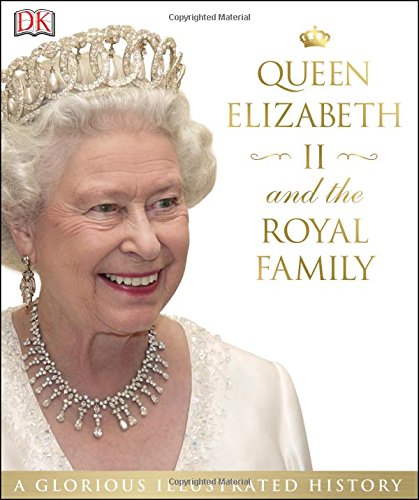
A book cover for Queen Elizabeth II and the Royal Family: A Glorious Illustrated History; DK Publishing; Biographies & Memoirs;